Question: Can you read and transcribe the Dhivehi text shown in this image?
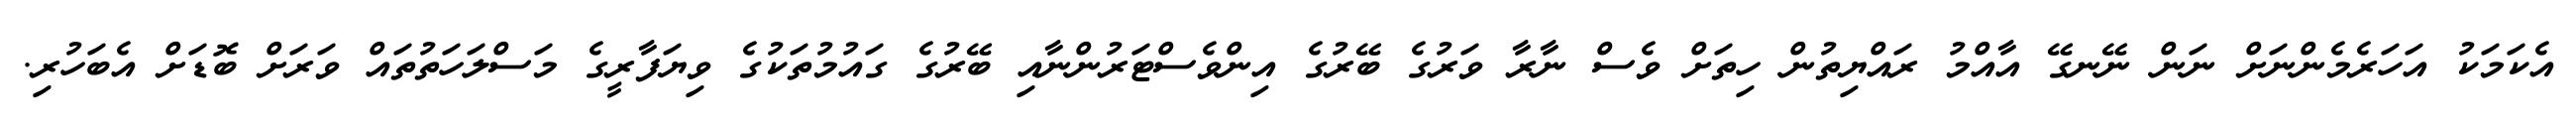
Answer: އެކަމަކު އަހަރެމެންނަށް ނަން ނޭނގޭ އާއްމު ރައްޔިތުން ހިތަށް ވެސް ނާރާ ވަރުގެ ބޭރުގެ އިންވެސްޓަރުންނާއި ބޭރުގެ ގައުމުތަކުގެ ވިޔަފާރީގެ މަސްލަހަތުތައް ވަރަށް ބޮޑަށް އެބަހުރި.